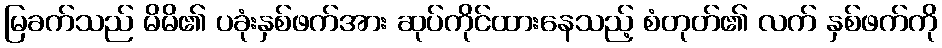
မြခက်သည် မိမိ၏ ပခုံးနှစ်ဖက်အား ဆုပ်ကိုင်ထားနေသည့် စံတုတ်၏ လက် နှစ်ဖက်ကို